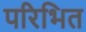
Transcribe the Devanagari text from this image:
परिभित